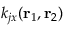
k _ { j x } ( \mathbf { r } _ { 1 } , \mathbf { r } _ { 2 } )